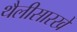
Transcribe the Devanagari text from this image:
थैलीसारखे